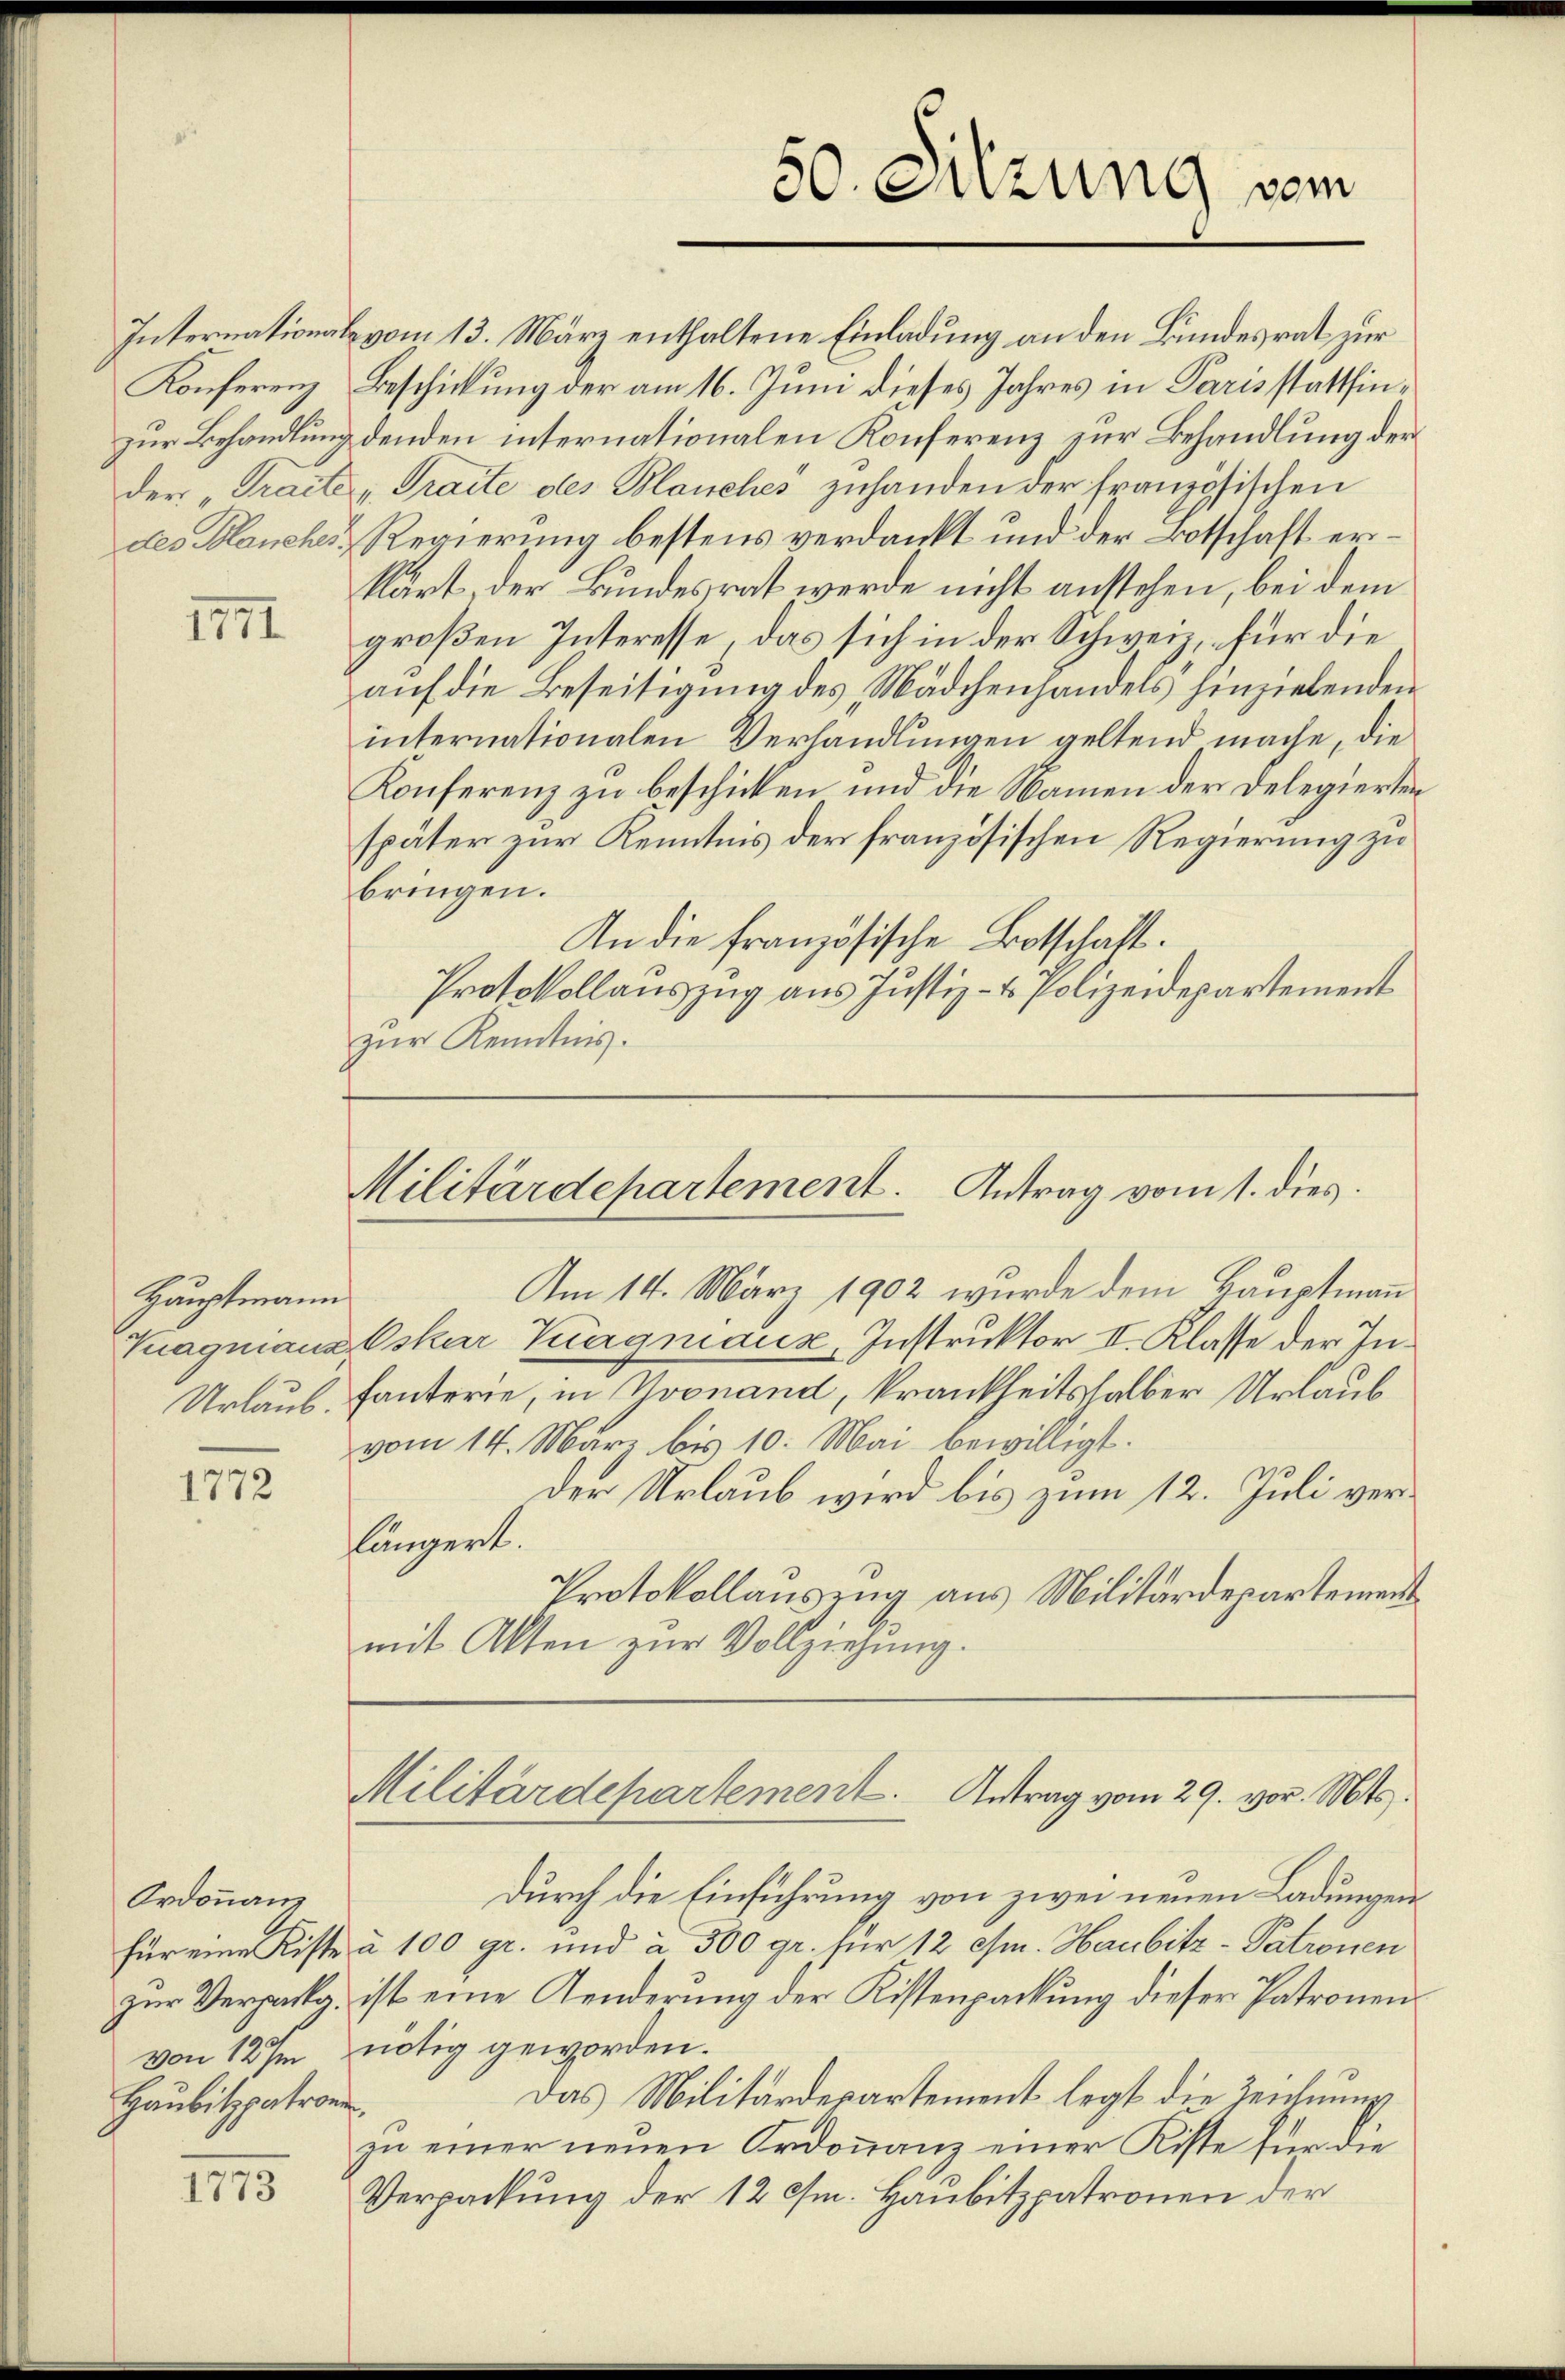
1771

Hauptmann
Urlaub.

1772

Ordonnanz
Haubitzpatroni

1115

International vom 13. März enthaltene Einladung an den Bundesrat zur
Konferenz Beschickung der am 16. Juni dieses Jahres in Paris stattfinzur Behandlung denden internationalen Konferenz zur Behandlung der
der „Gracte „Traite des Blanches zuhanden der französischen
des Blanches Regierung bestens verdankt und der Botschaft erkärt, der Bundesrat werde nicht anstehen, bei dem
großen Interesse, das sich in der Schweiz, für die
auf die Beseitigung des Mädchenhandels hinzielenden
internationalen Verhandlungen geltend mache, die
Konferenz zu beschicken und die Namen der Delegierten
später zur Kenntnis der französischen Regierung zu
bringen.
An die französische Botschaft.
Protokollauszug aus Justiz- & Polizeidepartement
zur Kenntnis.

50. Szung vom

Militärdepartement. Antrag vom 1. dies

Am 14. März 1902 wurde dem Hauptmann
Tuagniana Oskar Kagniaux, Instruktor II. Klasse der Infanterie, in Yvonand, krankheitshalber Urlaub
vom 14. März bis 10. Mai bewilligt.
der Urlaub wird bis zum 12. Juli verlängert.
Protokollauszug aus Militärdepartement
mit Akten zur Vollziehung.

Militärdepartement. Antrag vom 29. vor. Mts.

durch die Einführung von zwei neuen Ladungen
für eine Kiste à 100 gr. und à 300 gr. für 12 cm. Haubitz-Patronen
zŭr Verpalg ist eine Kinderŭng der Kistenpackŭng dieser Patronen
von 12/m nötig geworden.
Das Militärdepartement legt die Zeichnung
zu einer neuen Ordonnanz einer Kiste für die
Verpackung der 12 cm. Haubitzpatronen der